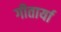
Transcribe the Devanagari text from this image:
गीतार्या